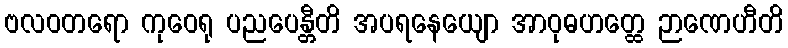
ဗလဝတရော ကုဝေရု ပညပေန္တီတိ အပရနေယျော အာဝုဓဟတ္ထေ ဉာဏေဟီတိ